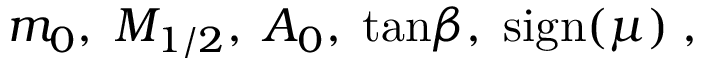
m _ { 0 } , \; M _ { 1 / 2 } , \; A _ { 0 } , \; \mathrm { t a n } \beta , \; \mathrm { s i g n } ( \mu ) \; ,